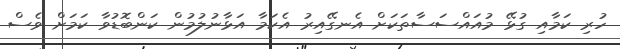
ހުރި ކަމާއި ގުޅޭ މުއައްސަސާތަކަށް އެނގޭއިރު އެކަމާ އަޅާނުލުމުން ކަންބޮޑުވާ ކަމަށް ވެސް